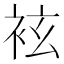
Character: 袨